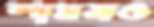
শামসও